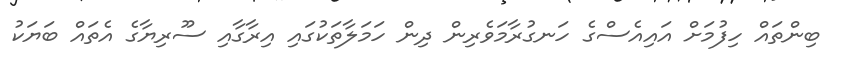
ބިންތައް ހިފުމަށް އައިއެސްގެ ހަނގުރާމަވެރިން ދިން ހަމަލާތަކުގައި އިރާގާއި ސޫރިޔާގެ އެތައް ބަޔަކު